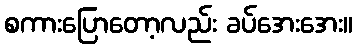
စကားပြောတော့လည်း ခပ်အေးအေး။